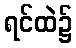
ရင်ထဲ၌